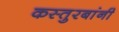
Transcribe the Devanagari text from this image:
कस्तुरबांनी